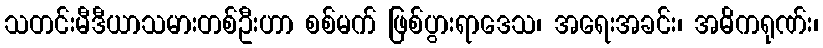
သတင်းမီဒီယာသမားတစ်ဦးဟာ စစ်မက် ဖြစ်ပွားရာဒေသ၊ အရေးအခင်း၊ အဓိကရုဏ်း၊